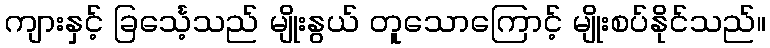
ကျားနှင့် ခြင်္သေ့သည် မျိုးနွယ် တူသောကြောင့် မျိုးစပ်နိုင်သည်။